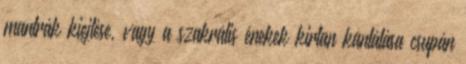
mantrák kiejtése, vagy a szakrális énekek kirtan kántálása csupán